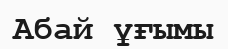
Абай ұғымы